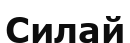
Силай